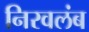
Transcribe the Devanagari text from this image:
निरवलंब